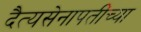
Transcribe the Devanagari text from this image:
दैत्यसेनापतींच्या